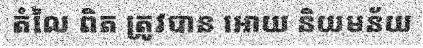
តំលៃ ពិត ត្រូវបាន អោយ និយមន័យ